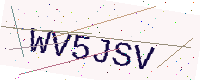
Text: WV5JSV